kultuurilooline_kollektsioon, lk 85
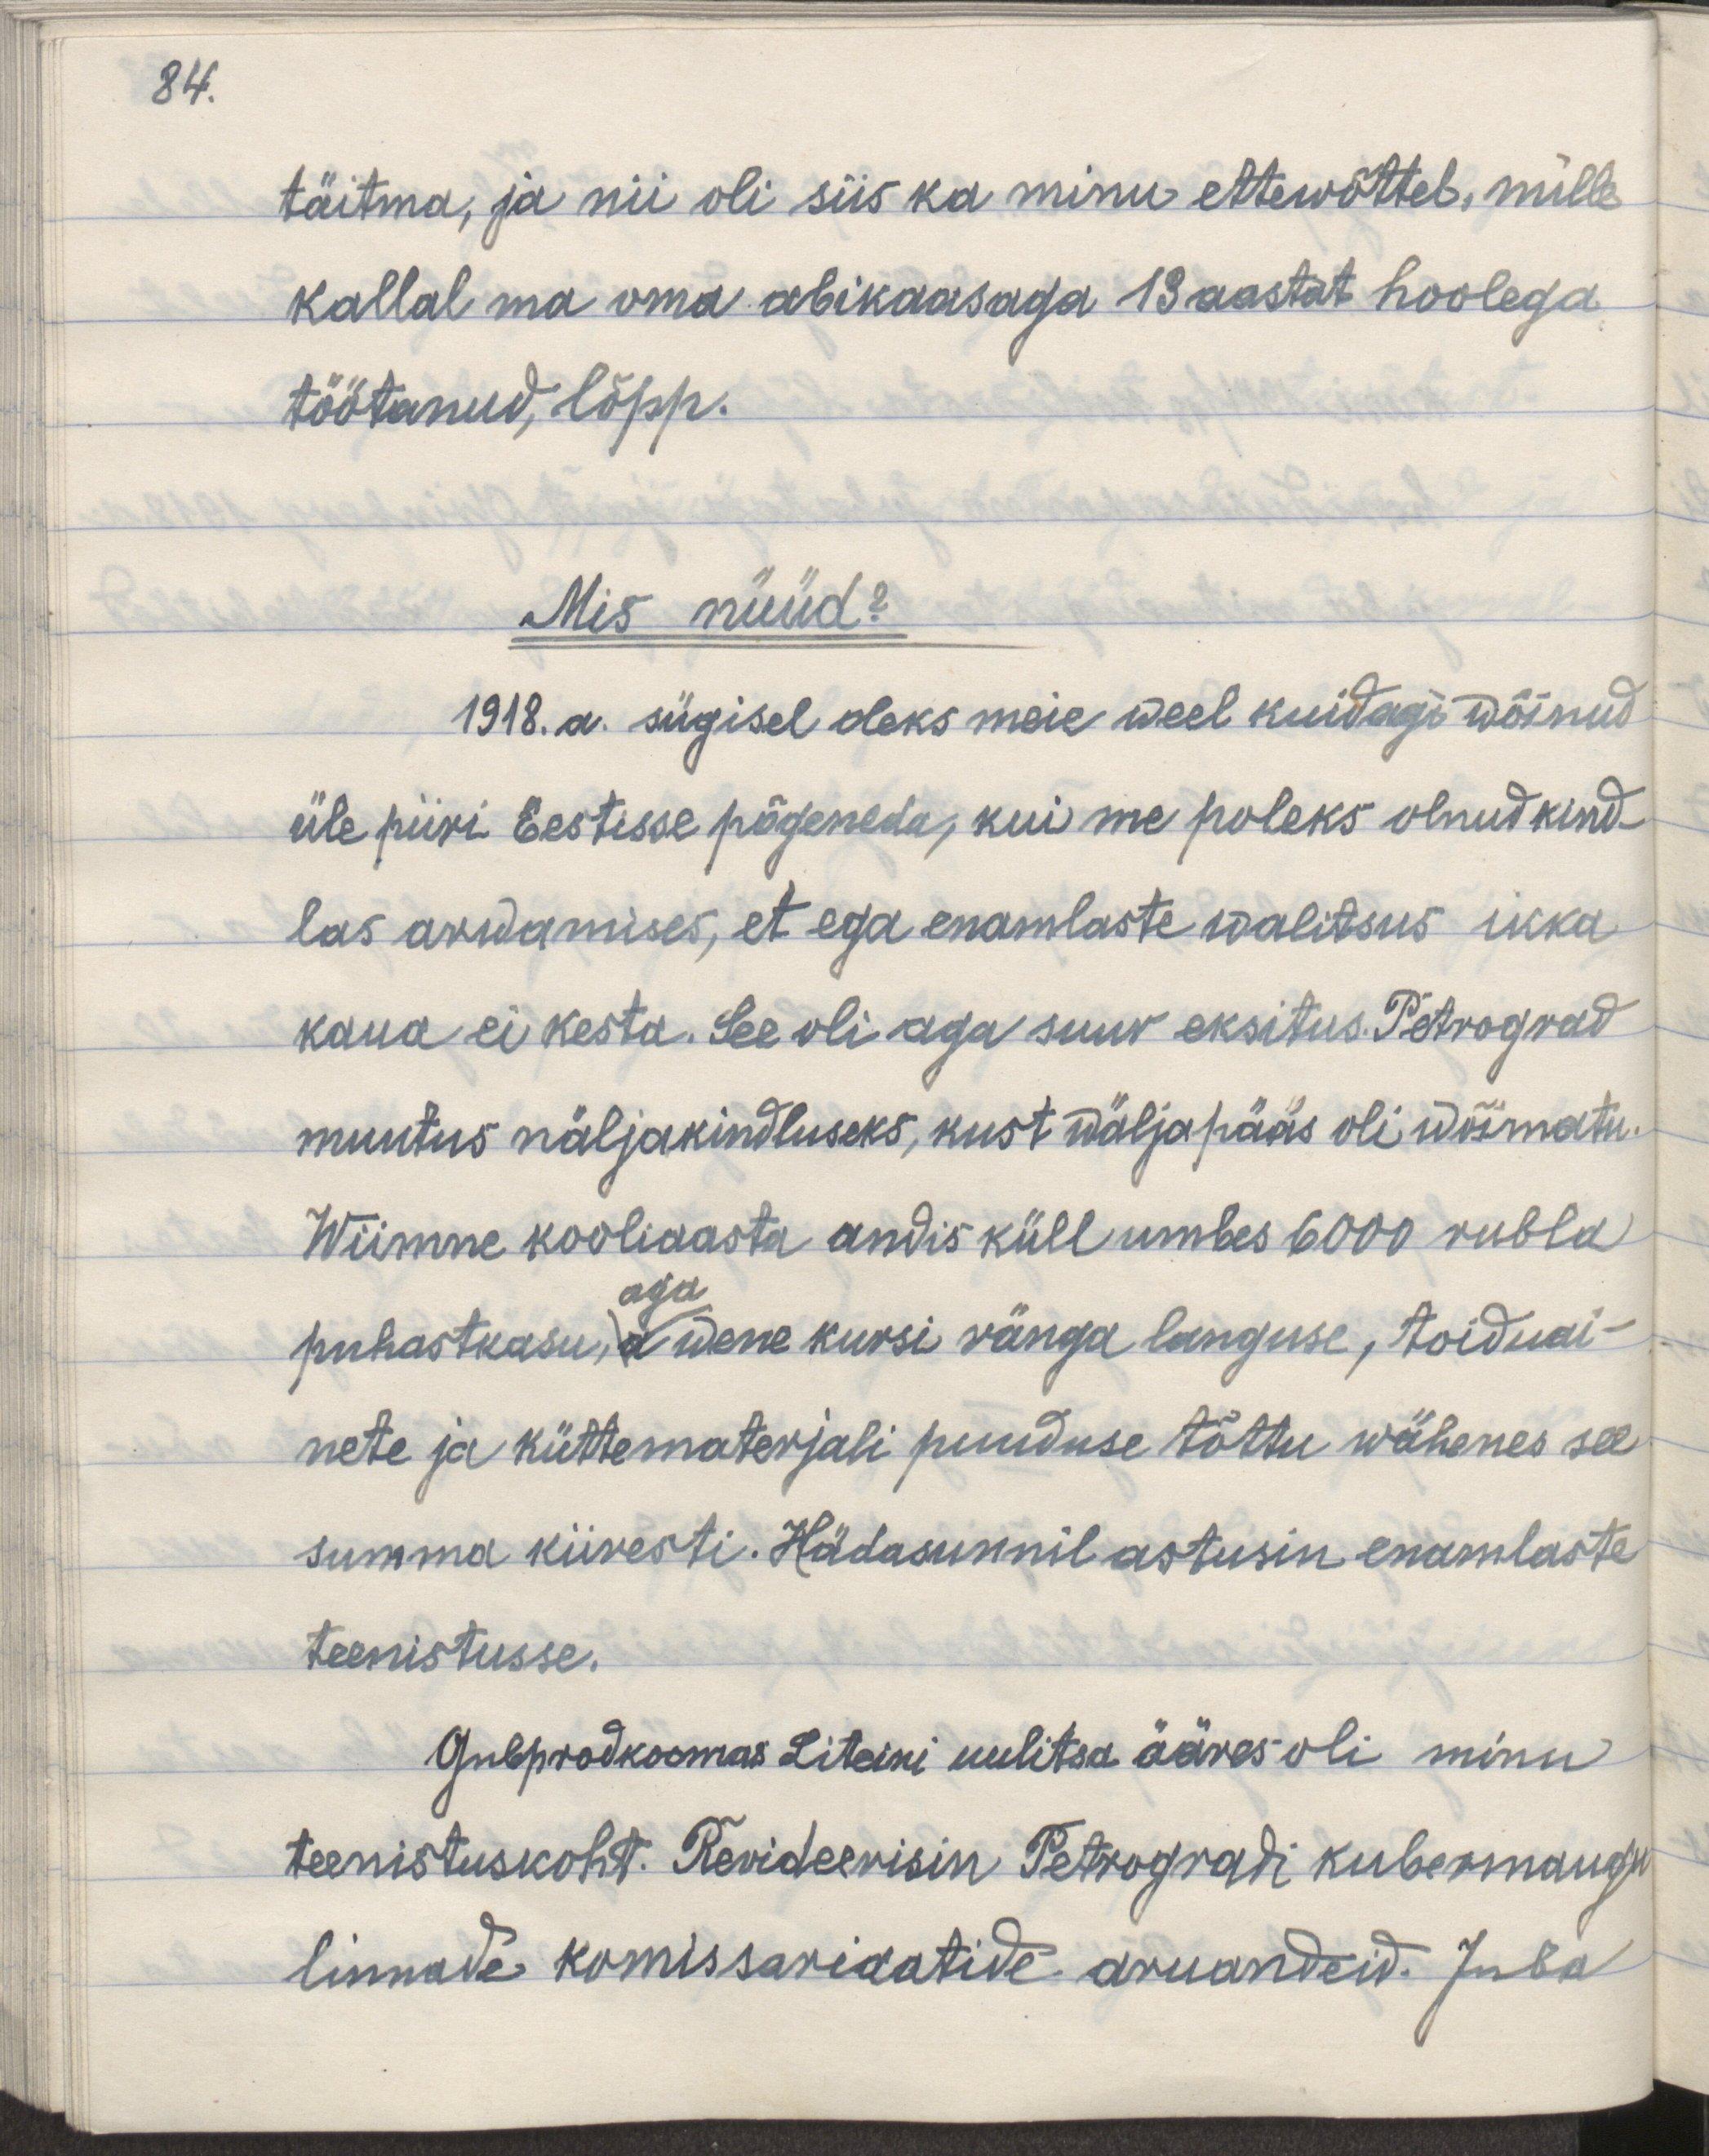
84.

täitma, ja nii oli siis ka minu ettewõtted, mille
kallal ma oma abikaasaga 19 aastat hoolega
töötanud, lõpp.
Mis nüüd?
1918. a. sügisel oleks meie weel kuidagi wõinud
üle piiri Eestisse põgeneda, kui me poleks olnud kind-
las arwamises, et ega enamlaste walitsus ikka
kaua ei kesta. See oli aga suur eksitus. Pertograd
muutus näljakindluseks, kust wäljapääs oli wõimatu.
Wiimane kooliaasta andis küll umbes 6000 rubla
puhastkasu aga wene kursi ränga languse, toiduai-
nete ja küttematerjalide puuduse tõttu wähenes see
summa kiiresti. Hädasunnil astusin enamlaste
teenistusse.
Gubprodkoomas Liteini uulitsa ääres oli minu
teenistuskoht. Revideerisin Petrogradi kubermangu
linnade komissariaatide aruandeid. Juba